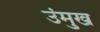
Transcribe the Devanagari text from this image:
उंमुख